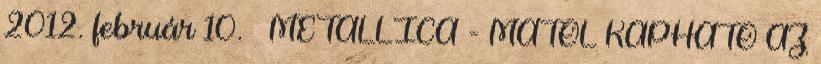
2012. február 10. ↑ METALLICA - MÁTÓL KAPHATÓ AZ